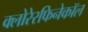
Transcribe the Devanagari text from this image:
क्लोरेरफिनेकॉल